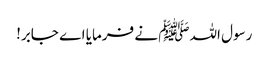
رسول اللہﷺ نے فرمایا اے جابر!